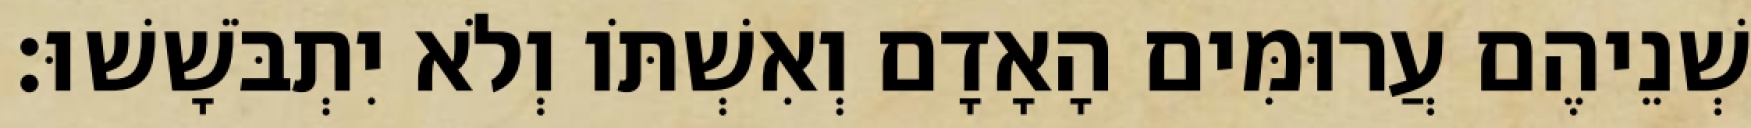
שְׁנֵיהֶם עֲרוּמִּים הָאָדָם וְאִשְׁתֹּו וְלֹא יִתְבֹּשָׁשׁוּ׃